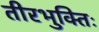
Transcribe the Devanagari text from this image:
तीरभुक्‍तिः